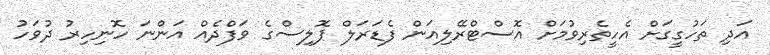
އަދި ތަހުގީގަށް އެހީތެރިވުމަށް އޮސްޓްރޭލިއަން ފެޑަރަލް ޕޮލިސްގެ ވަފްދެއް އަންނަ ހޮނިހިރު ދުވަހު